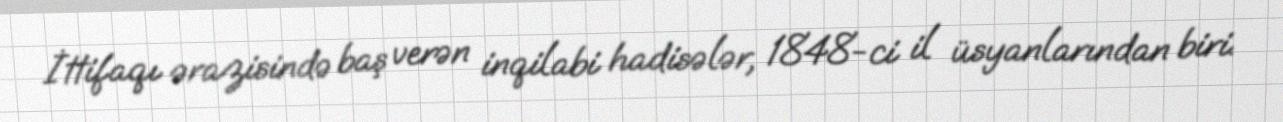
İttifaqı ərazisində baş verən inqilabi hadisələr, 1848-ci il üsyanlarından biri.